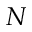
N